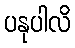
ပနုပါလိ